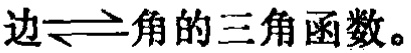
边\(\rightleftharpoons\)角的三角函数。